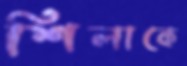
শিলাকে